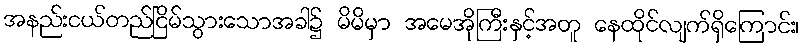
အနည်းငယ်တည်ငြိမ်သွားသောအခါ၌ မိမိမှာ အမေအိုကြီးနှင့်အတူ နေထိုင်လျက်ရှိကြောင်း၊